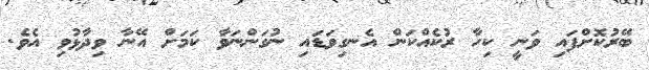
ބޭރުކޮށްފައި ވަނީ ކިހާ ރުކެއްކަން އެނގިވަޑައި ނުގަންނަވާ ކަމަށް އޭނާ ވިދާޅުވި އެވެ.